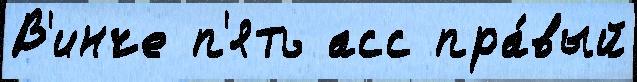
В'инче п'ять асс пра́вый